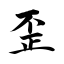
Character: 歪